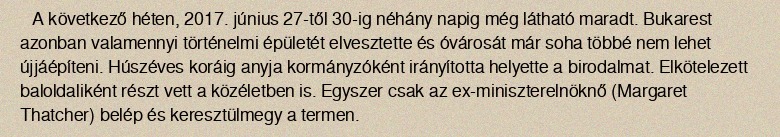
A következő héten, 2017. június 27-től 30-ig néhány napig még látható maradt. Bukarest azonban valamennyi történelmi épületét elvesztette és óvárosát már soha többé nem lehet újjáépíteni. Húszéves koráig anyja kormányzóként irányította helyette a birodalmat. Elkötelezett baloldaliként részt vett a közéletben is. Egyszer csak az ex-miniszterelnöknő (Margaret Thatcher) belép és keresztülmegy a termen.